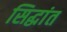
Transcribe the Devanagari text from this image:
सिद्धांत